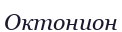
Октонион